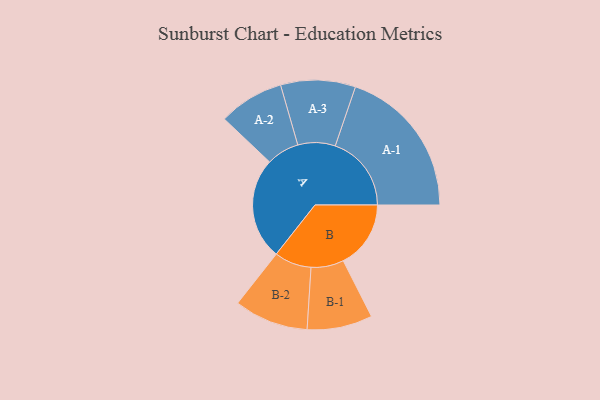
{"axis": {"x": "Segment", "y": "Value"}, "legend": ["", "A", "B"], "data": [{"x": "A", "y": 368, "type": ""}, {"x": "B", "y": 244, "type": ""}, {"x": "A-1", "y": 275, "type": "A"}, {"x": "A-2", "y": 118, "type": "A"}, {"x": "A-3", "y": 135, "type": "A"}, {"x": "B-1", "y": 118, "type": "B"}, {"x": "B-2", "y": 134, "type": "B"}]}